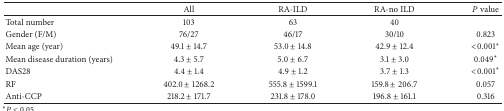
<table><thead><tr><td><b> </b></td><td><b>All</b></td><td><b>RA-ILD </b></td><td><b>RA-no ILD</b></td><td><b><i>P</i> value</b></td></tr></thead><tbody><tr><td>Total number</td><td>103</td><td>63</td><td>40</td><td> </td></tr><tr><td>Gender (F/M)</td><td>76/27</td><td>46/17</td><td>30/10</td><td>0.823</td></tr><tr><td>Mean age (year)</td><td>49.1 ± 14.7</td><td>53.0 ± 14.8</td><td>42.9 ± 12.4</td><td>&lt;0.001*</td></tr><tr><td>Mean disease duration (years)</td><td>4.3 ± 5.7</td><td>5.0 ± 6.7</td><td>3.1 ± 3.0</td><td>0.049*</td></tr><tr><td>DAS28</td><td>4.4 ± 1.4</td><td>4.9 ± 1.2</td><td>3.7 ± 1.3</td><td>&lt;0.001*</td></tr><tr><td>RF</td><td>402.0 ± 1268.2</td><td>555.8 ± 1599.1</td><td>159.8 ± 206.7</td><td>0.057</td></tr><tr><td>Anti-CCP</td><td>218.2 ± 171.7</td><td>231.8 ± 178.0</td><td>196.8 ± 161.1</td><td>0.316</td></tr></tbody></table>